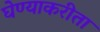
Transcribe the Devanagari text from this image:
घेण्याकरीता